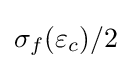
\sigma _{f}(\varepsilon _{c})/2